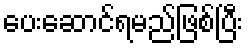
ပေးဆောင်ရမည်ဖြစ်ပြီး